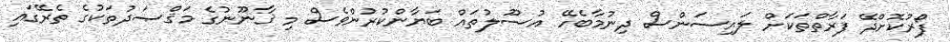
ފޯރުކޮށްދޭ ފަރާތްތަކަށް ލައިސަންސް ދިނުމާބެހޭ އުސޫލުތައް ބަޔާންކުރުންވެސް މި ޤާނޫނުގެ މަޤްޞަދުތަކުގެ ތެރޭގައި